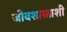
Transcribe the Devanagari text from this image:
जीवशास्त्राशी